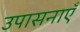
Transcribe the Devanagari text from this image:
उपासनाएँ